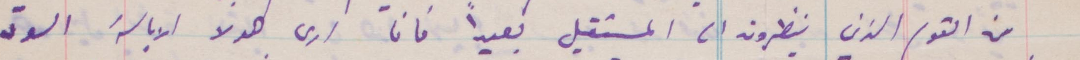
من القوم الذين ينظرون الى المستقبل بعيدًا فانا أرى صوت الابالسة السود